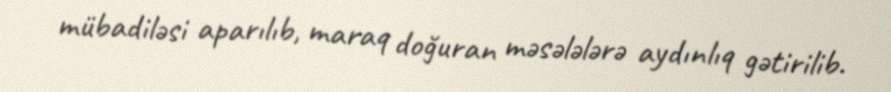
mübadiləsi aparılıb, maraq doğuran məsələlərə aydınlıq gətirilib.